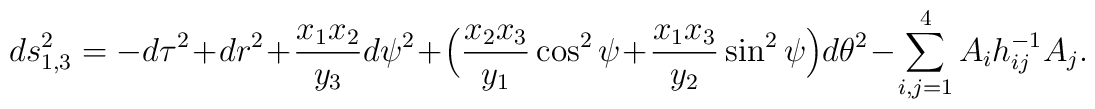
ds^2_{1,3} = - d \tau^2 + dr^2 + {x_1 x_2 \over y_3} d \psi^2+ \Big( {x_2 x_3 \over y_1} \cos^2 \psi+ {x_1 x_3 \over y_2} \sin^2 \psi \Big) d \theta^2- \sum_{i,j=1}^4 A_i h_{ij}^{-1} A_j.